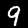
Digit: 9